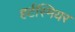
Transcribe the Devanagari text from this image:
हर्टस्मियर